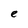
Character: e